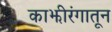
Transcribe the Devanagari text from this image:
काझीरंगातून